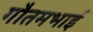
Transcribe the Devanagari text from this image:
गौतमभाई